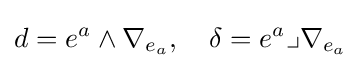
d=e^{a}\wedge \nabla _{e_{a}},\quad \delta =e^{a}\lrcorner \nabla _{e_{a}}